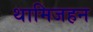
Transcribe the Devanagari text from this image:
थामिजहन